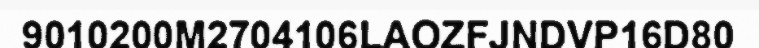
9010200M2704106LAOZFJNDVP16D80